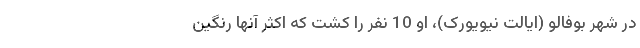
در شهر بوفالو (ایالت نیویورک)، او 10 نفر را کشت که اکثر آنها رنگین